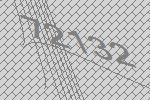
72132